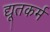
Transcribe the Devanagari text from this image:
द्यूतकर्म